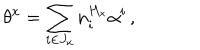
LaTeX: \theta ^ { x } = \sum _ { i \in J _ { x } } n _ { i } ^ { H _ { x } } \alpha ^ { i } \, ,